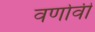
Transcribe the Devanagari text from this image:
वर्णावी